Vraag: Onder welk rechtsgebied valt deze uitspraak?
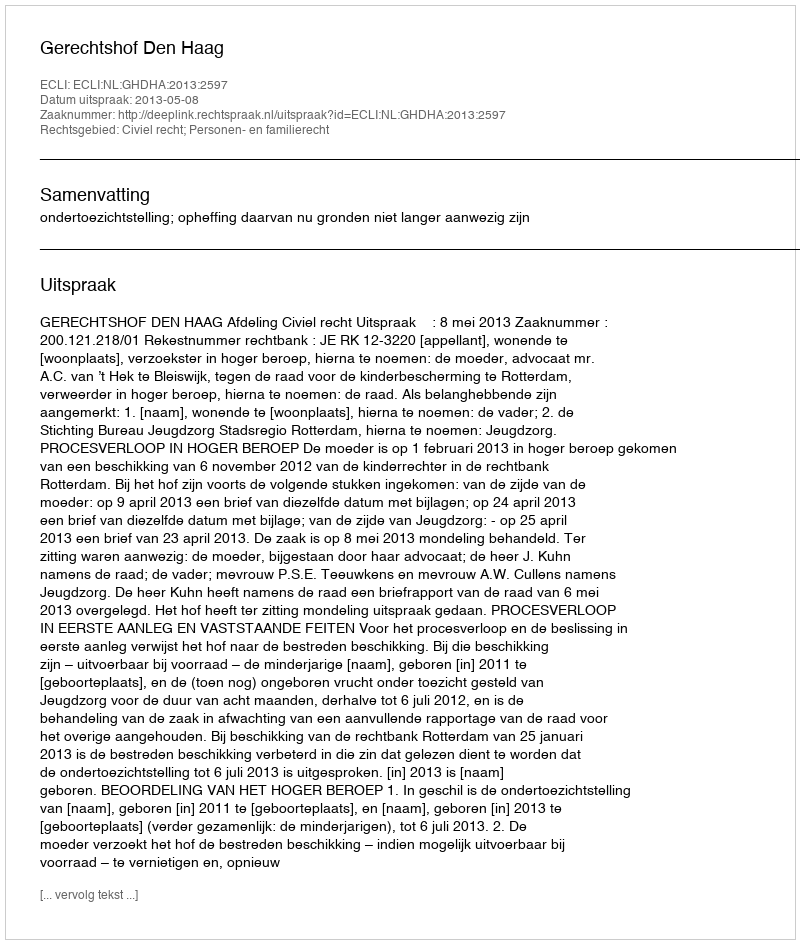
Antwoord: Civiel recht; Personen- en familierecht